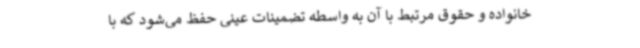
خانواده و حقوق مرتبط با آن به واسطه تضمینات عینی حفظ می‌شود که با